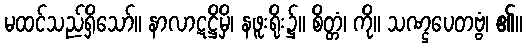
မထင်သည်ရှိသော်။ နာလာဋဋ္ဌိမှိ၊ နဖူးရိုး၌။ စိတ္တံ၊ ကို။ သဏ္ဌပေတဗ္ဗံ၊ ၏။